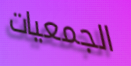
الجمعيات